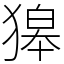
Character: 獆